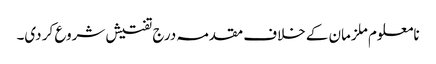
نامعلوم ملزمان کے خلاف مقدمہ درج تفتیش شروع کر دی۔